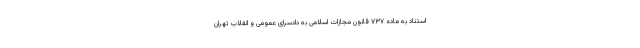
استناد به ماده ۷۳۷ قانون مجازات اسلامی به دادسرای عمومی و انقلاب تهران